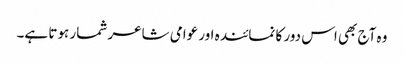
وہ آج بھی اس دور کا نمائندہ اور عوامی شاعر شمار ہوتا ہے۔